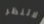
لاتنظر